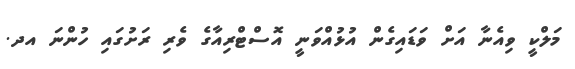
މަލްކީ ވިއެނާ އަށް ވަޑައިގެން އުޅުއްވަނީ އޮސްޓްރިއާގެ ވެރި ރަށުގައި ހުންނަ އދ.